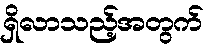
ရှိလာသည့်အတွက်